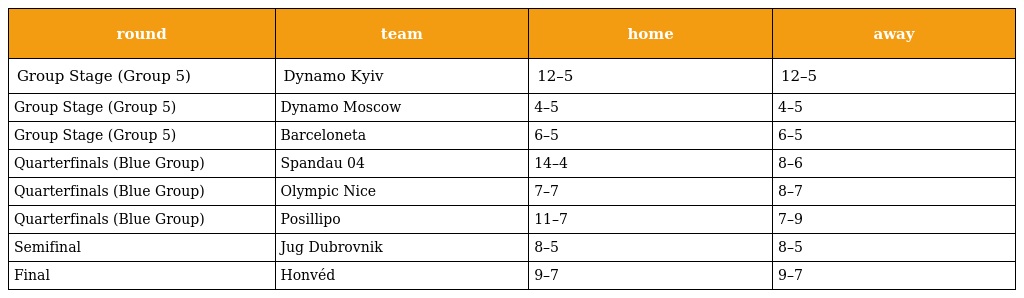
| round | team | home | away |
 | --- | --- | --- | --- |
 | Group Stage (Group 5) | Dynamo Kyiv | 12–5 | 12–5 |
 | Group Stage (Group 5) | Dynamo Moscow | 4–5 | 4–5 |
 | Group Stage (Group 5) | Barceloneta | 6–5 | 6–5 |
 | Quarterfinals (Blue Group) | Spandau 04 | 14–4 | 8–6 |
 | Quarterfinals (Blue Group) | Olympic Nice | 7–7 | 8–7 |
 | Quarterfinals (Blue Group) | Posillipo | 11–7 | 7–9 |
 | Semifinal | Jug Dubrovnik | 8–5 | 8–5 |
 | Final | Honvéd | 9–7 | 9–7 |